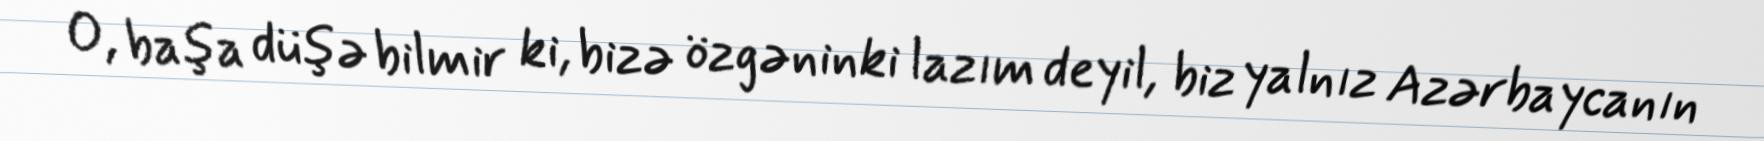
O, başa düşə bilmir ki, bizə özgəninki lazım deyil, biz yalnız Azərbaycanın